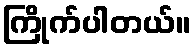
ကြိုက်ပါတယ်။